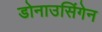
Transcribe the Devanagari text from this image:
डोनाउसिंगेन